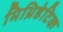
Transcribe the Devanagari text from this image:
मिथ्रिडेटिक